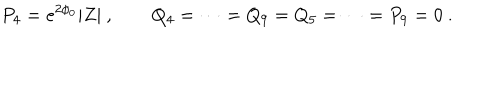
LaTeX: P _ { 4 } = e ^ { 2 \phi _ { 0 } } | Z | \ , \qquad Q _ { 4 } = \dots = Q _ { 9 } = Q _ { 5 } = \dots = P _ { 9 } = 0 \ .